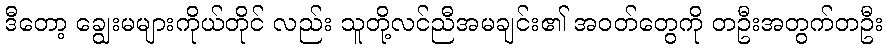
ဒီတော့ ချွေးမများကိုယ်တိုင် လည်း သူတို့လင်ညီအမချင်း၏ အဝတ်တွေကို တဦးအတွက်တဦး